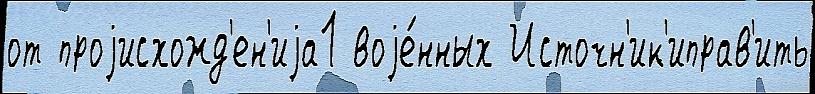
от проjисхожд'ен'иjа1 воjе́нных Источн'ик'иправ'ить